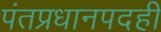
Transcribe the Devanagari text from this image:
पंतप्रधानपदही